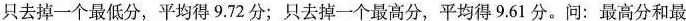
只去掉一个最低分，平均得9.72分；只去掉一个最高分，平均得9.61分。问：最高分和最